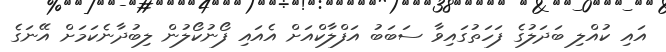
އައި ކުއްލި ބަދަލުގެ ފަހަތުގައިވާ ސަބަބު އަފްލާކްއަށް އެއައި ފޯނުކޯލުން ލިބުދާނެކަމަށް އޭނަގެ